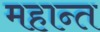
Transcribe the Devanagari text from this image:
महान्त